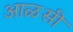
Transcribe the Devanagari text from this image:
आळसी